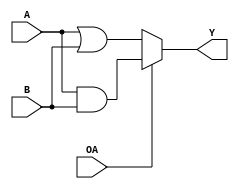
module logical(A, B, OA, Y);

  // inputs
  input [7:0] A, B;
  input OA;

  // outputs
  output [7:0] Y;

  /* ADD YOUR CODE BELOW THIS LINE */
  
  assign Y = OA ? (A & B) : (A | B);

  /* ADD YOUR CODE ABOVE THIS LINE */

endmodule